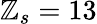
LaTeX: \mathbb{Z}_{s}=13